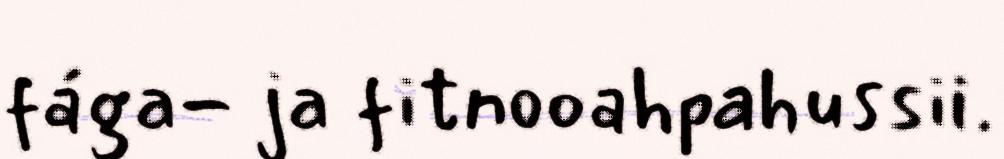
fága- ja fitnooahpahussii.